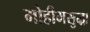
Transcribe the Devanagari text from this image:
मोहीमसुद्धा